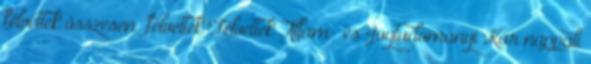
felvettek összesen felvettek Felvettek Állam- és Jogtudományi Kar nappali